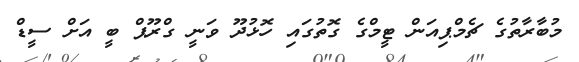
މުބާރާތުގެ ޗެމްޕިއަން ޓީމްގެ ގޮތުގައި ހޮޅުދޫ ވަނީ ގްރޫޕް ބީ އަށް ސީޑް